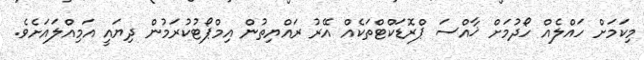
މިކަމަށް ހައްލެއް ހޯދުމަށް ޚާއްސަ ޕްރޮޑަކްޓްތަކެއް އޭރު ރައްޔިތުން އިމްޕޯޓުކުރަމުން ދިޔައީ އަމިއްލައަށެވެ.